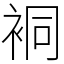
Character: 𧙥